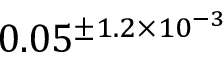
0 . 0 5 ^ { \pm 1 . 2 \times 1 0 ^ { - 3 } }